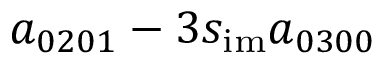
a _ { 0 2 0 1 } - 3 s _ { \mathrm { i m } } a _ { 0 3 0 0 }